Report of the Indian Hemp Drugs Commission, 1894-1895 - Volume IV
Year: 1894
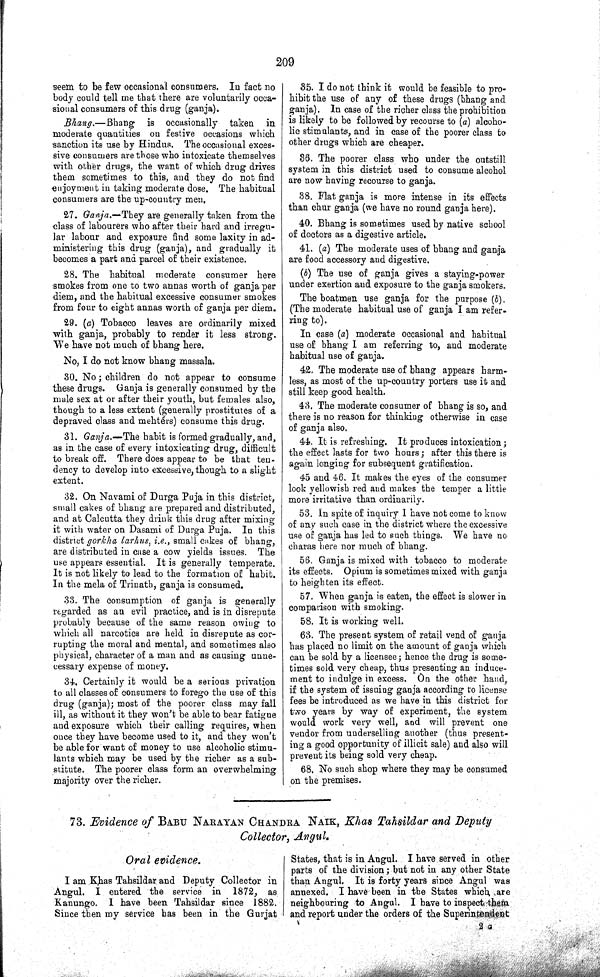
209
seem to be few occasional consumers. In fact no
body could tell me that there are voluntarily occa-
sional consumers of this drug (ganja).
Bhang.—Bhang
is occasionally
taken
in
moderate quantities on festive occasions which
sanction its use by Hindus. The occasional exces-
sive consumers are those who intoxicate themselves
with other drugs, the want of which drug drives
them sometimes to this, and they do not find
enjoyment in taking moderate dose. The habitual
consumers are the up-country men.
27. Ganja.—They are generally taken from the
class of labourers who after their hard and irregu-
lar labour and exposure find some laxity in ad-
ministering this drug (ganja), and gradually it
becomes a part and parcel of their existence.
28. The habitual moderate consumer here
smokes from one to two annas worth of ganja per
diem, and the habitual excessive consumer smokes
from four to eight annas worth of ganja per diem.
29. (a) Tobacco leaves are ordinarily mixed
with ganja, probably to render it less strong.
We have not much of bhang here.
No, I do not know bhang massala.
30. No; children do not appear to consume
these drugs. Ganja is generally consumed by the
male sex at or after their youth, but females also,
though to a less extent (generally prostitutes of a
depraved class and mehtérs) consume this drug.
31. Ganja.—The habit is formed gradually, and,
as in the case of every intoxicating drug, difficult
to break off. There does appear to be that ten-
dency to develop into excessive, though to a slight
extent.
32. On Navami of Durga Puja in this district,
small cakes of bhang are prepared and distributed,
and at Calcutta they drink this drug after mixing
it with water on Dasami of Durga Puja. In this
district gorkha larhus, i.e., small cakes of bhang,
are distributed in case a cow yields issues. The
use appears essential. It is generally temperate.
It is not likely to lead to the formation of habit.
In the mela of Trinath, ganja is consumed.
33. The consumption of ganja is generally
regarded as an evil practice, and is in disrepute
probably because of the same reason owing to
which all narcotics are held in disrepute as cor-
rupting the moral and mental, and sometimes also
physical, character of a man and as causing unne-
cessary expense of money.
34. Certainly it would be a serious privation
to all classes of consumers to forego the use of this
drug (ganja); most of the poorer class may fall
ill, as without it they won't be able to bear fatigue
and exposure which their calling requires, when
once they have become used to it, and they won't
be able for want of money to use alcoholic stimu-
lants which may be used by the richer as a sub-
stitute. The poorer class form an overwhelming
majority over the richer.
35. I do not think it would be feasible to pro-
hibit the use of any of these drugs (bhang and
ganja). In case of the richer class the prohibition
is likely to be followed by recourse to (a) alcoho-
lic stimulants, and in case of the poorer class to
other drugs which are cheaper.
36. The poorer class who under the outstill
system in this district used to consume alcohol
are now having recourse to ganja.
38. Flat ganja is more intense in its effects
than chur ganja (we have no round ganja here).
40. Bhang is sometimes used by native school
of doctors as a digestive article.
41. (a) The moderate uses of bhang and ganja
are food accessory and digestive.
(b) The use of ganja gives a staying-power
under exertion and exposure to the ganja smokers.
The boatmen use ganja for the purpose (b).
(The moderate habitual use of ganja I am refer-
ring to).
In case (a) moderate occasional and habitual
use of bhang I am referring to, and moderate
habitual use of ganja.
42. The moderate use of bhang appears harm-
less, as most of the up-country porters use it and
still keep good health.
43. The moderate consumer of bhang is so, and
there is no reason for thinking otherwise in case
of ganja also.
44. It is refreshing. It produces intoxication;
the effect lasts for two hours; after this there is
again longing for subsequent gratification.
45 and 46. It makes the eyes of the consumer
look yellowish red and makes the temper a little
more irritative than ordinarily.
53. In spite of inquiry I have not come to know
of any such case in the district where the excessive
use of ganja has led to such things. "We have no
charas here nor much of bhang.
56. Ganja is mixed with tobacco to moderate
its effects. Opium is sometimes mixed with ganja
to heighten its effect.
57. When ganja is eaten, the effect is slower in
comparison with smoking.
58. It is working well.
63. The present system of retail vend of ganja
has placed no limit on the amount of ganja which
can be sold by a licensee; hence the drug is some-
times sold very cheap, thus presenting an induce-
ment to indulge in excess. On the other hand,
if the system of issuing ganja according to license
fees be introduced as we have in this district for
two years by way of experiment, the system
would work very well, and will prevent one
vendor from underselling another (thus present-
ing a good opportunity of illicit sale) and also will
prevent its being sold very cheap.
68, No such shop where they may be consumed
on the premises.
73. Evidence of BABU NARAYAN CHANDRA NAIK, Khas Tahsildar and Deputy
Collector, Angul.
Oral evidence.
I am Khas Tahsildar and Deputy Collector in
Angul. I entered the service in
1872, as
Kanungo. I have been Tahsildar since 1882.
Since then my service has been in the Gurjat
States, that is in Angul. I have served in other
parts of the division; but not in any other State
than Angul. It is forty years since Angul was
annexed. I have been in the States which are
neighbouring to Angul. I have to inspect them
and report under the orders of the Superintendent.
2 G